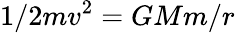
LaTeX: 1/2mv^{2}=GMm/r